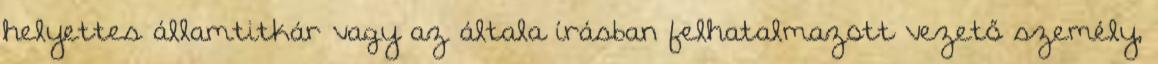
helyettes államtitkár vagy az általa írásban felhatalmazott vezető személy,